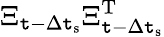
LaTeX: \Xi_{\mathtt{t}-\Delta\mathtt{t}_{\textrm{{s}}}}\Xi_{\mathtt{t}-\Delta\mathtt{t}_{\textrm{{s}}}}^{\textrm{{T}}}